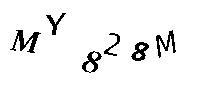
MY828M